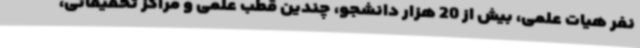
نفر هیات علمی، بیش از 20 هزار دانشجو، چندین قطب علمی و مراکز تحقیقاتی،